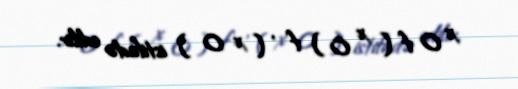
x 0 f ( x 0 ) f ′ ( x 0 ) istifadə edilir.